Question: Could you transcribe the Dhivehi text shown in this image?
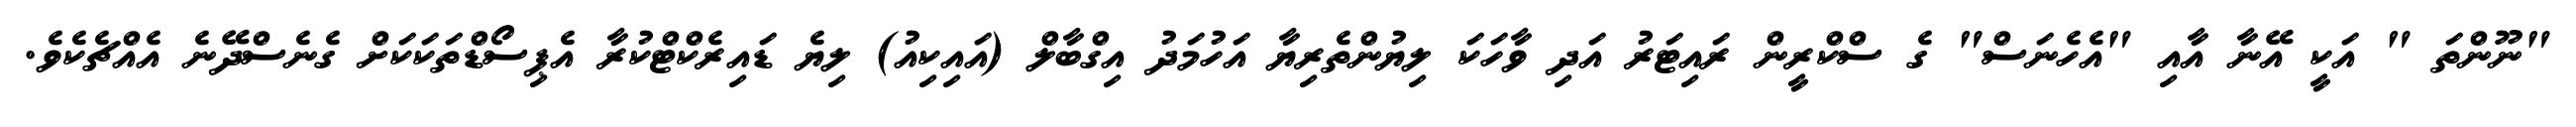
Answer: "ނޫންތަ " އަކީ އޭނާ އާއި "އެހެނަސް" ގެ ސްކްރީން ރައިޓަރު އަދި ވާހަކަ ލިޔުންތެރިޔާ އަހުމަދު އިގްބާލް (އައިކިއު) ލިޔެ ޑައިރެކްޓްކުރާ އެޕިސޯޑްތަކަކަށް ގެނެސްދޭނެ އެއްޗެކެވެ.